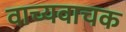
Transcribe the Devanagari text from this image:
वाच्यवाचक